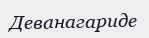
Деванагариде